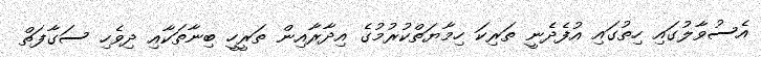
އެސުވާލުގައި ހިތުގައި އުފެދެނީ ތަރިކަ ހިމާޔަތްކުރުމުގެ އިދާރާއިން ތަރީހީ ބިނާތަކާއި ދިވެހި ސަގާފަތް